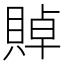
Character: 𲂰